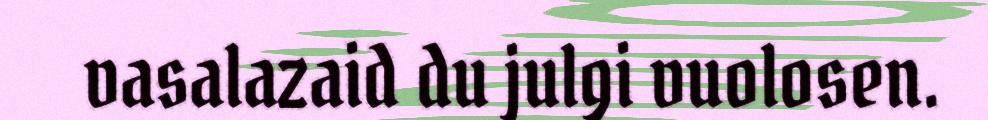
vasalazaid du julgi vuolosen.